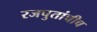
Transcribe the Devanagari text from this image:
रजपुतांचीच